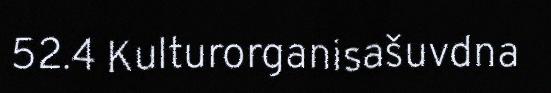
52.4 Kulturorganisašuvdna